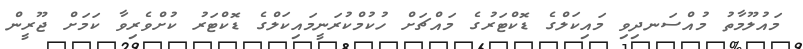
މައުލޫމާތު މުއްސަނދިވި މައިކަލްގެ ޑޮކްޓަރުގެ މައްޗަށް ހުކުމްކުރަނީމައިކަލްގެ ޑޮކްޓަރު ކުށްވެރިވާ ކަމަށް ޖޫރީން